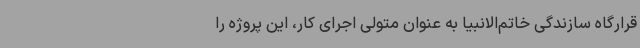
قرارگاه سازندگی خاتم‌الانبیا به عنوان متولی اجرای کار، این پروژه را